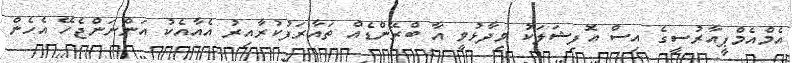
އެމްއެމްޕީއާރުސީގެ އިސް އޮފިޝަލަކު ވިދާޅުވީ އާ ބްރޭންޑެއް ތައާރަފުކުރާއިރު އެއާއެކު އަންނަންޖެހޭ އެހެން